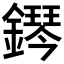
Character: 𨬩